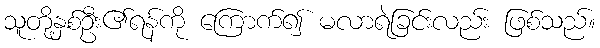
သူတို့နှစ်ဦး၏ရန်ကို ကြောက်၍ မလာရဲခြင်းလည်း ဖြစ်သည်။